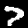
Digit: 7